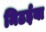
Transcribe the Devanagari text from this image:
मिठईया